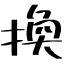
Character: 換